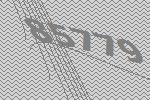
85779